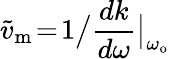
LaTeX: \widetilde{v}_{\mathrm{m}}\! =\! 1\big/\frac{dk}{d\omega}\big|_{\omega_{\mathrm{o}}}